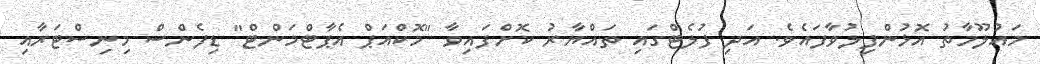
މައުލޫމާތު އޮޅުންފިލުވާފައެވެ. އަދި ފުލެޓްގައި ތައްޔާރު ކޮށްފައިވާ "މޮކްއަޕް އެޕާޓްމަންޓް" ޑިފެންސް މިނިސްޓަރާއި